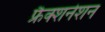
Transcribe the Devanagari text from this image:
फ्रैक्शनेशन